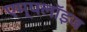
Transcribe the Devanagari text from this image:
एम्पलॉइज